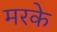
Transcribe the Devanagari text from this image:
मरके